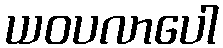
ယဝပလာပေါ